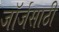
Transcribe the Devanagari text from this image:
जॉर्जसाठी